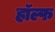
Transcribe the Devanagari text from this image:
हॉल्फ